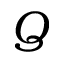
Q